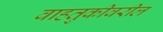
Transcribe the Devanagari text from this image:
वाहतुकीवरील